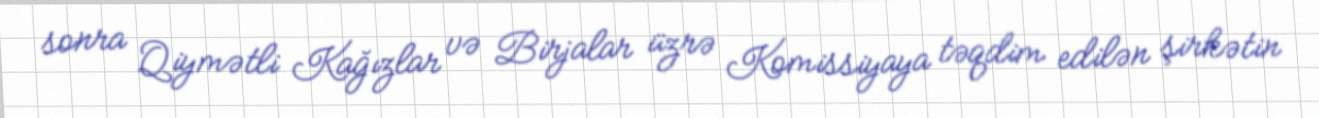
sonra Qiymətli Kağızlar və Birjalar üzrə Komissiyaya təqdim edilən şirkətin